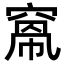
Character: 𥦻